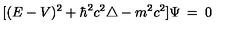
[ ( E - V ) ^ { 2 } + \hbar ^ { 2 } c ^ { 2 } \triangle - m ^ { 2 } c ^ { 2 } ] \Psi \: = \: 0